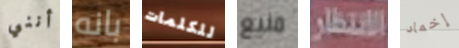
أنني بانه للكلمات منيع الانتظار إخماد